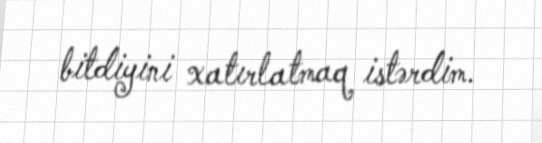
bitdiyini xatırlatmaq istərdim.